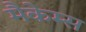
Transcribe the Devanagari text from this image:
मैकेम्स